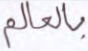
بالعالم